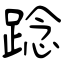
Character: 踗